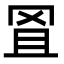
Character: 𦊕